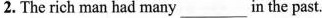
2. The rich man had many___in the past.